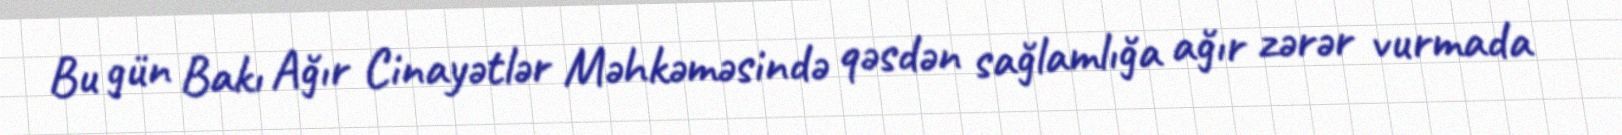
Bu gün Bakı Ağır Cinayətlər Məhkəməsində qəsdən sağlamlığa ağır zərər vurmada